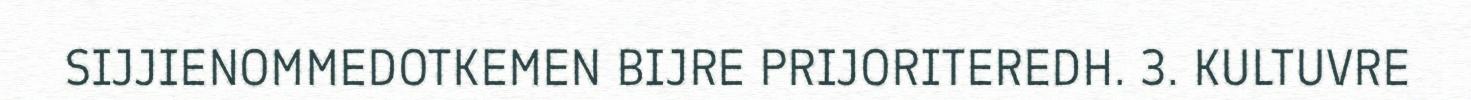
SIJJIENOMMEDOTKEMEN BIJRE PRIJORITEREDH. 3. KULTUVRE